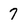
Character: 7